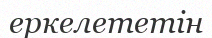
еркелететін